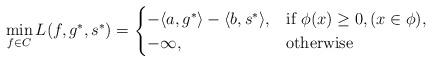
LaTeX: \begin{align*}\min_{f\in C}L(f, g^*, s^*) =\begin{cases}-\langle a, g^*\rangle - \langle b, s^*\rangle, & \mbox{if } \phi(x) \geq 0, ( x\in\phi),\\ -\infty, & \mbox{otherwise}\end{cases}\end{align*}